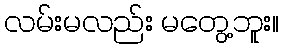
လမ်းမလည်း မတွေ့ဘူး။